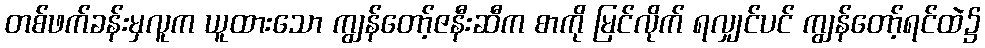
တစ်ဖက်ခန်းမှလူက ယူထားသော ကျွန်တော့်ဇနီးဆီက စာကို မြင်လိုက် ရလျှင်ပင် ကျွန်တော့်ရင်ထဲ၌